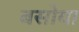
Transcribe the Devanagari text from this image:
बसोया